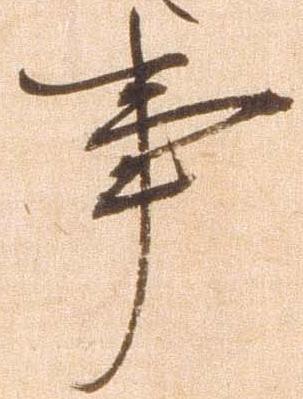
事